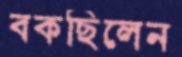
বকছিলেন